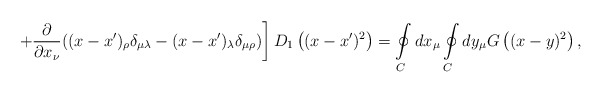
\begin{align*}\left.+\frac{\partial}{\partial x_\nu}((x-x')_\rho\delta_{\mu\lambda}-(x-x')_\lambda\delta_{\mu\rho})\right]D_1\left((x-x')^2\right)=\oint\limits_C^{}dx_\mu\oint\limits_C^{}dy_\mu G\left((x-y)^2\right),\end{align*}